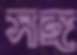
সঙ্গ